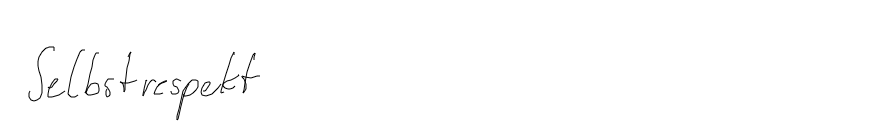
Selbstrespekt